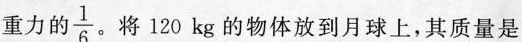
重力的 $$\frac{1}{6}$$ 。将120kg的物体放到月球上，其质量是